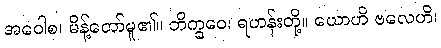
အဝေါစ၊ မိန့်တော်မူ၏။ ဘိက္ခဝေ၊ ရဟန်းတို့။ ယောဟိ ဗလေဟိ၊